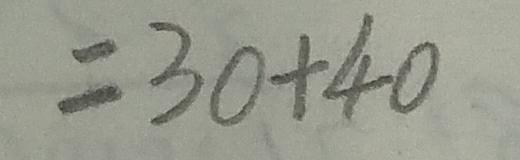
= 3 0 + 4 0